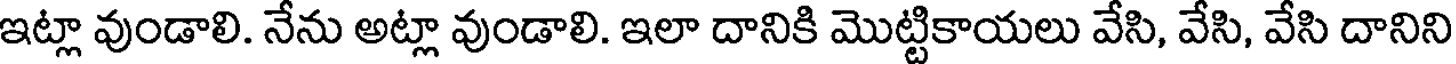
ఇట్లా వుండాలి. నేను అట్లా వుండాలి. ఇలా దానికి మొట్టికాయలు వేసి, వేసి, వేసి దానిని